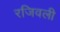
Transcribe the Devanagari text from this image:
रजिवली